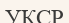
УКСР